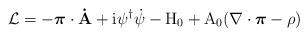
LaTeX: \begin{align*}{\cal L}=-\mbox{\boldmath $\pi$}\bf\cdot\dot{A}\rm + i\psi^\dagger\dot{\psi}-H_{0}+ A_{0}(\nabla\cdot\mbox{\boldmath $\pi$}-\rho)\end{align*}